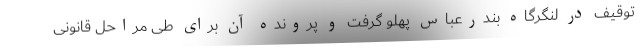
توقیف در لنگرگاه بندرعباس پهلو گرفت و پرونده آن برای طی مراحل قانونی